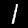
Label: 1